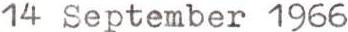
14 September 1966